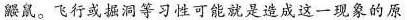
鼹鼠。飞行或洞等习性可能就是造成这一现象的原